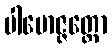
ပါမောဇ္ဇတ္ထော